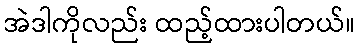
အဲဒါကိုလည်း ထည့်ထားပါတယ်။